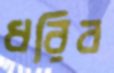
ধরিব